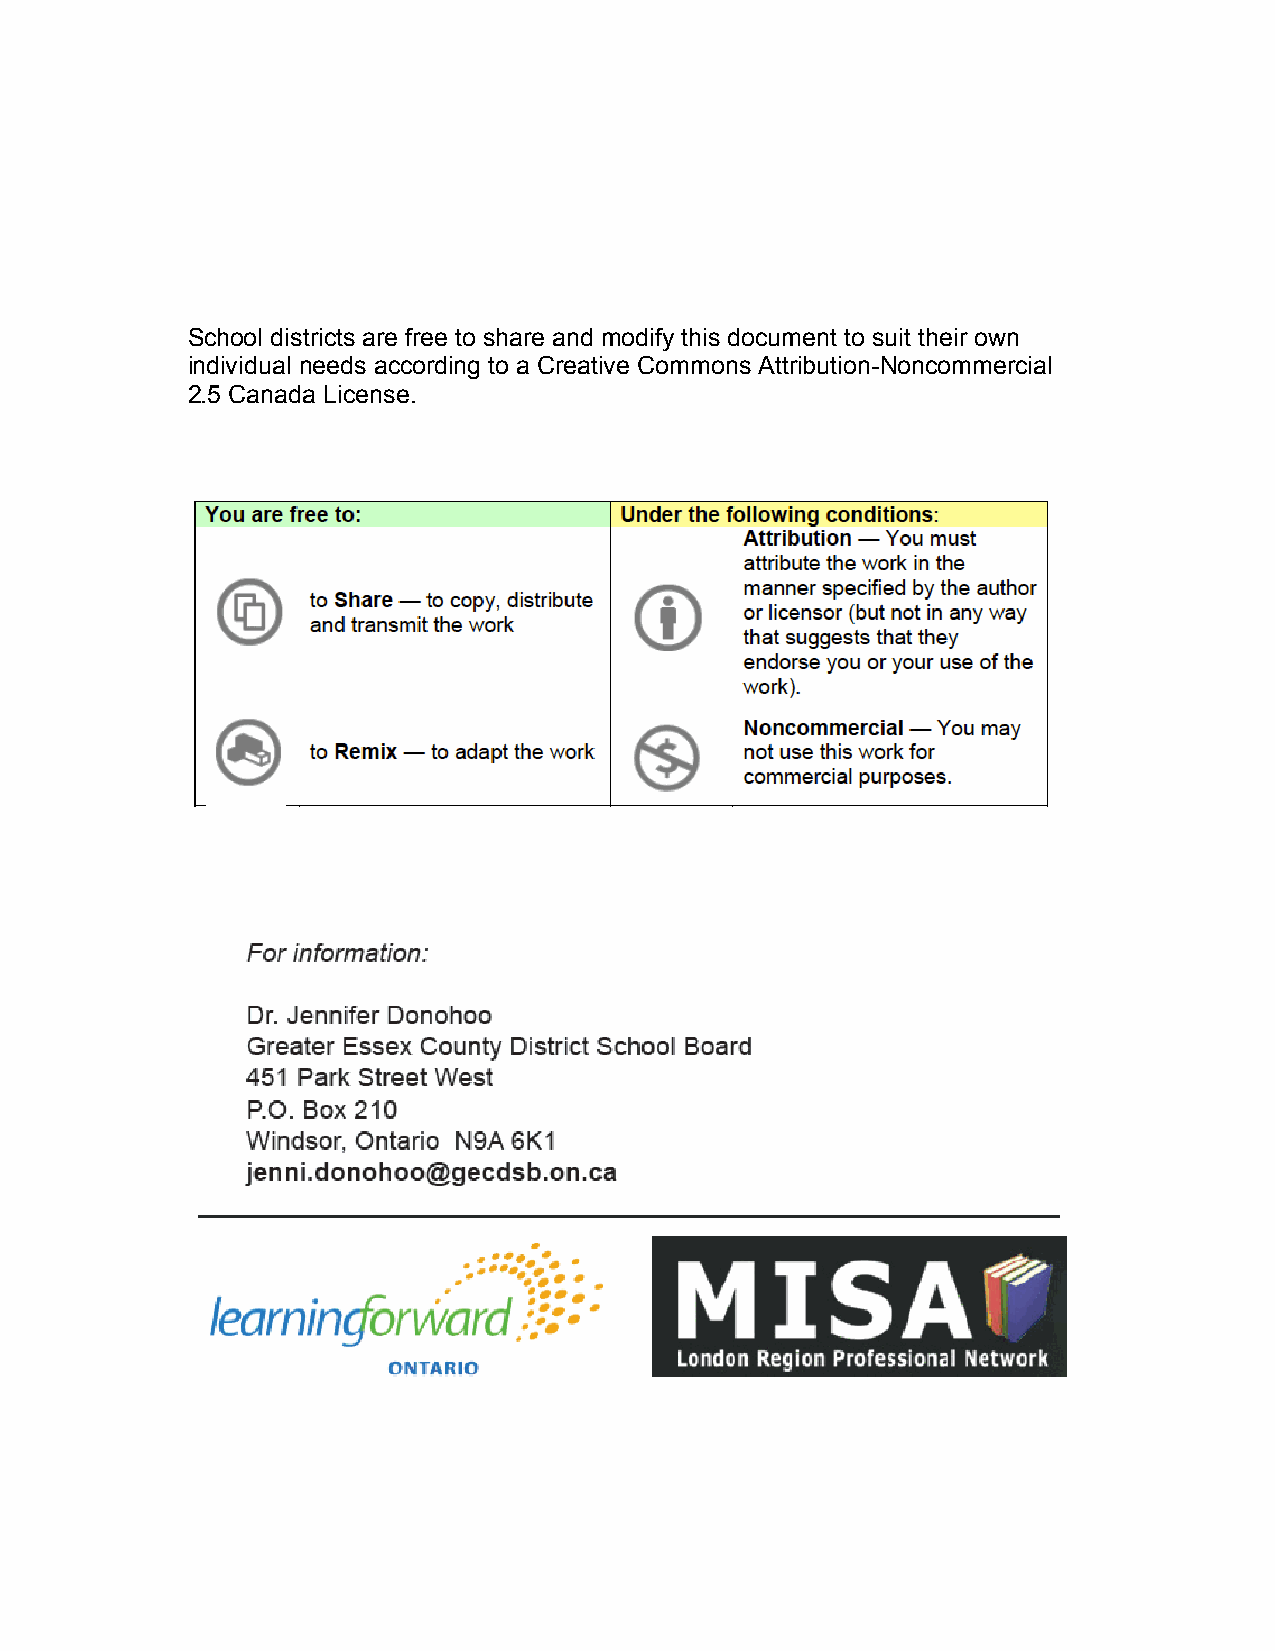
School districts are free to share and modify this document to suit their own
 individual needs according to a Creative Commons Attribution-Noncommercial
 2.5 Canada License.